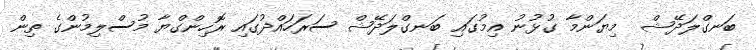
ބަނގްލަދޭޝް  މިޔަންމާ ގުޅުނު އިމުގައި ބަނގްލަދޭޝް ސަރަހައްދުގައި ރޮހިންގްޔާ މުސްލިމުންގެ ތިން